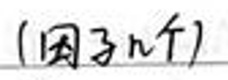
(因子n个)